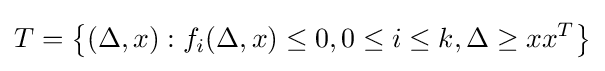
{T}=\left\{(\Delta ,x):f_{i}(\Delta ,x)\leq 0,0\leq i\leq k,\Delta \geq xx^{T}\right\}